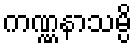
ကဏ္ဏနာသမ္ပိ